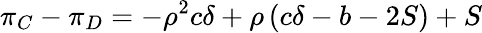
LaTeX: \pi_{C}-\pi_{D}=-\rho^{2}c\delta+\rho\left(c\delta-b-2S\right)+S